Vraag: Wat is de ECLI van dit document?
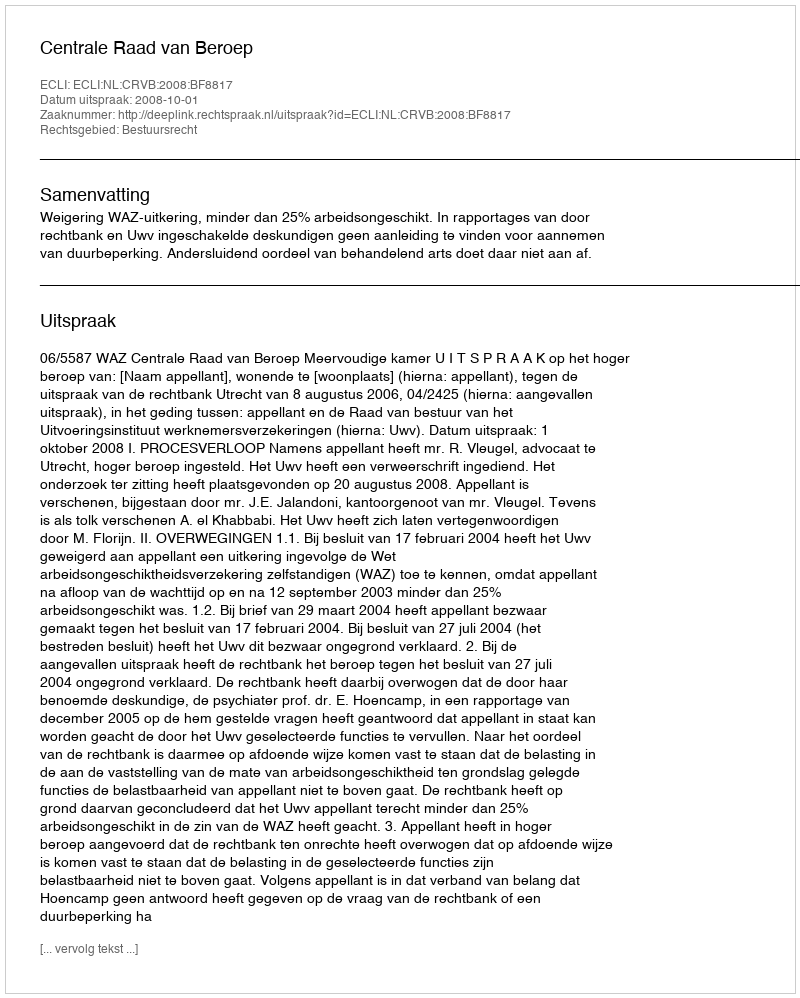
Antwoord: ECLI:NL:CRVB:2008:BF8817